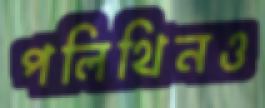
পলিথিনও